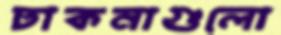
ঢাকনাগুলো